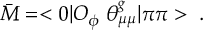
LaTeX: \bar { M } = < 0 | O _ { \phi } \; \theta _ { \mu \mu } ^ { g } | \pi \pi > \; .